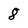
Character: 8